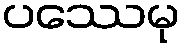
ပဿေမု